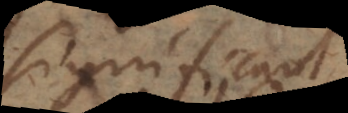
significant